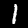
Digit: 1